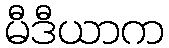
မီဒီယာက